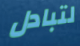
لتبادل